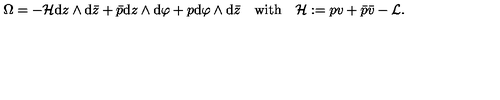
\Omega = - { \cal H } \mathrm { d } z \wedge \mathrm { d } \bar { z } + \bar { p } \mathrm { d } z \wedge \mathrm { d } \varphi + p \mathrm { d } \varphi \wedge \mathrm { d } \bar { z } \quad \mathrm { w i t h } \quad { \cal H } : = p v + \bar { p } \bar { v } - { \cal L } .